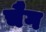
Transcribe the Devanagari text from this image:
चैग